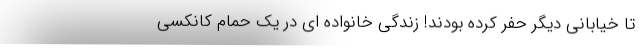
تا خیابانی دیگر حفر کرده بودند! زندگی خانواده ای در یک حمام کانکسی